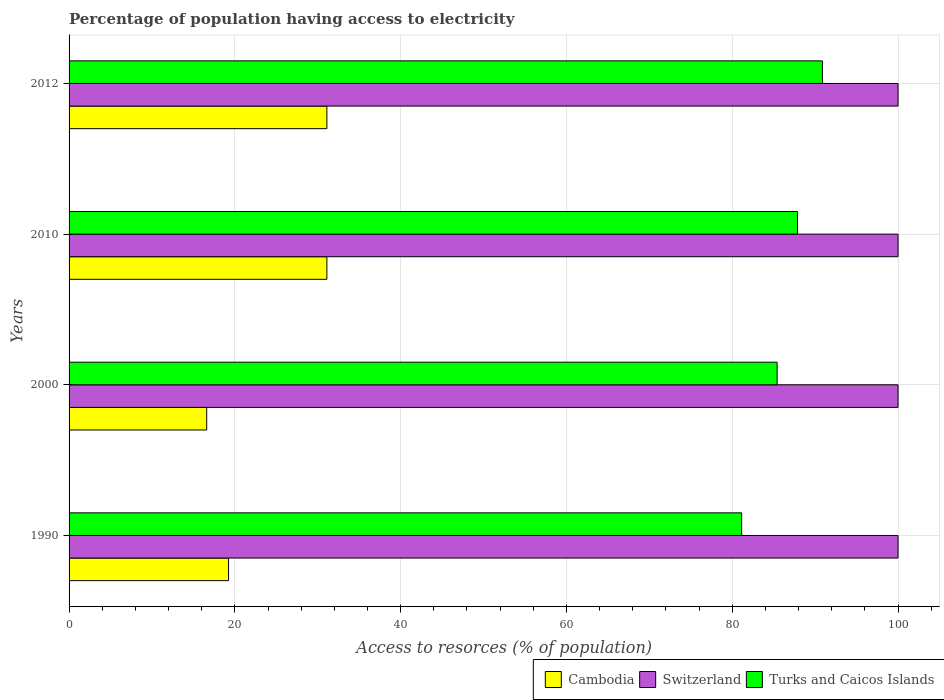
| Years | Cambodia | Switzerland | Turks and Caicos Islands |
 | --- | --- | --- | --- |
 | 1990 | 19.2 | 100 | 81.1 |
 | 2000 | 16.6 | 100 | 85.4 |
 | 2010 | 31.1 | 100 | 87.9 |
 | 2012 | 31.1 | 100 | 90.9 |